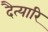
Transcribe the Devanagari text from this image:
दैत्यारि